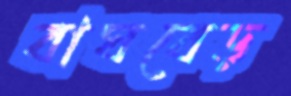
বাঘবেড়